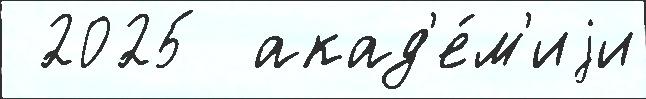
 2025  акад'е́м'иjи